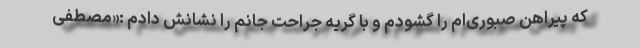
که پیراهن صبوری‌ام را گشودم و با گریه جراحت جانم را نشانش دادم :«مصطفی